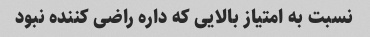
نسبت به امتیاز بالایی که داره راضی کننده نبود